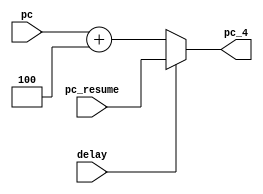



// file PCadder.v

module pcadder (
	input wire [31:0] pc,
	input wire [31:0] pc_resume,
	input wire delay,
	output reg [31:0] pc_4);
	
	always @* begin
		if (delay == 1) begin
			pc_4 <= pc_resume;
		end else begin
			pc_4 = pc+4;
		end
	end
endmodule